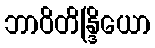
ဘာဝိတိန္ဒြိယော